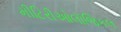
મીટિરીઓલૉજિકલ